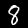
Label: 8